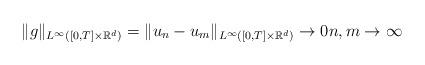
LaTeX: \begin{align*}\|g\|_{L^\infty([0,T] \times \mathbb R^d)} = \|u_n-u_m\|_{L^\infty([0,T] \times \mathbb R^d)} \rightarrow 0 n,m \rightarrow \infty \end{align*}